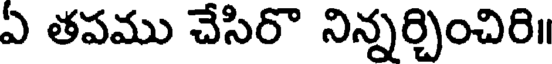
ఏ తపము చేసిరొ నిన్నర్చించిరి